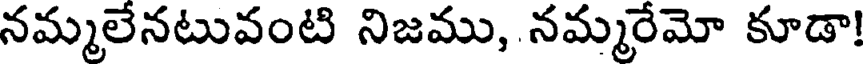
నమ్మలేనటువంటి నిజము, నమ్మరేమో కూడా!